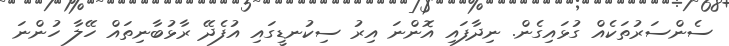
ސެންސަރުތަކެއް ގުޅައިގެން. ނިދާފައި އޮންނަ އިރު ސިކުނޑީގައި އުފެދޭ ރާޅުބާނިތައް ހޭލާ ހުންނަ